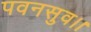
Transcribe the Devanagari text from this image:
पवनसुव।।